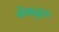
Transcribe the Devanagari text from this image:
बेंगळुरू